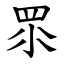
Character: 眔